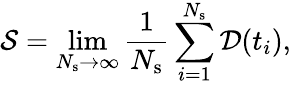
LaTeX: \mathcal{S}=\operatorname*{lim}_{N_{\mathrm{s}}\to\infty}\frac{1}{N_{\mathrm{s}}}\sum_{i=1}^{N_{\mathrm{s}}}\mathcal{D}(t_{i}),